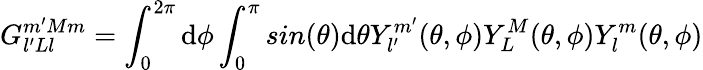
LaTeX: G_{l^{\prime}Ll}^{m^{\prime}Mm}=\int_{0}^{2\pi}\mathrm{d}{\phi}\int_{0}^{\pi}sin(\theta)\mathrm{d}{\theta}{Y_{l^{\prime}}^{m^{\prime}}}(\theta,\phi)Y_{L}^{M}(\theta,\phi)Y_{l}^{m}(\theta,\phi)